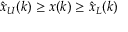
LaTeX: { \hat { x } } _ { U } ( k ) \geq x ( k ) \geq { \hat { x } } _ { L } ( k )